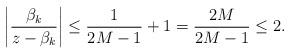
LaTeX: \begin{align*} \left|\frac{\beta_k}{z-\beta_k}\right|\le \frac{1}{2 M - 1} + 1 = \frac{2M}{2M-1}\le2.\end{align*}